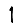
Digit: 1